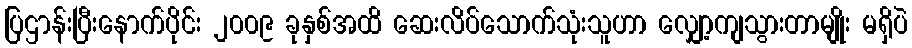
ပြဌာန်းပြီးနောက်ပိုင်း ၂၀၀၉ ခုနှစ်အထိ ဆေးလိပ်သောက်သုံးသူဟာ လျှော့ကျသွားတာမျိုး မရှိပဲ